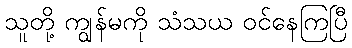
သူတို့ ကျွန်မကို သံသယ ဝင်နေကြပြီ